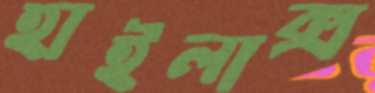
হাইলাক্স